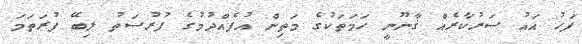
ފަހު އައު ސަރުކާރެއް ޤާނޫނީ ހަމަތަކުގެ މަތިން އުފެއްދުމުގެ ފުރުސަތު ލިބޭ ފުރަތަމަ